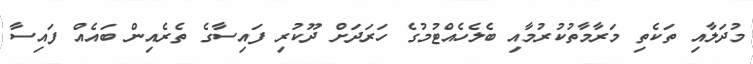
މުދަލާއި ތަކެތި މަރާމާތުކުރުމާއި ބެލެހެއްޓުމުގެ ހަރަދަށް ދޫކުރި ފައިސާގެ ތެރެއިން ބައެއް ފައިސާ